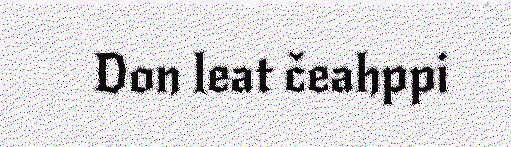
Don leat čeahppi